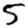
Digit: 5